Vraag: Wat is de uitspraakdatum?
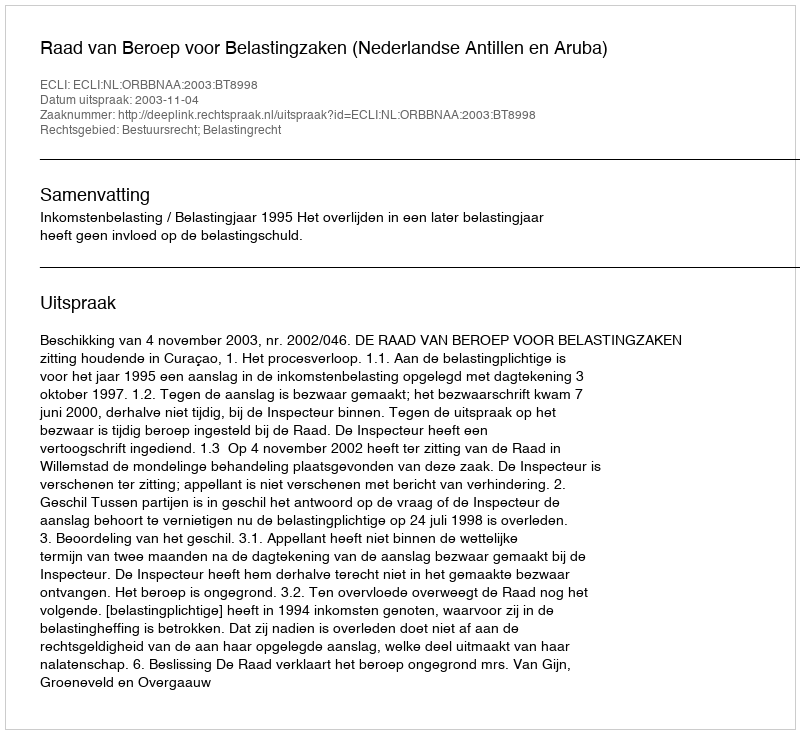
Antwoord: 2003-11-04